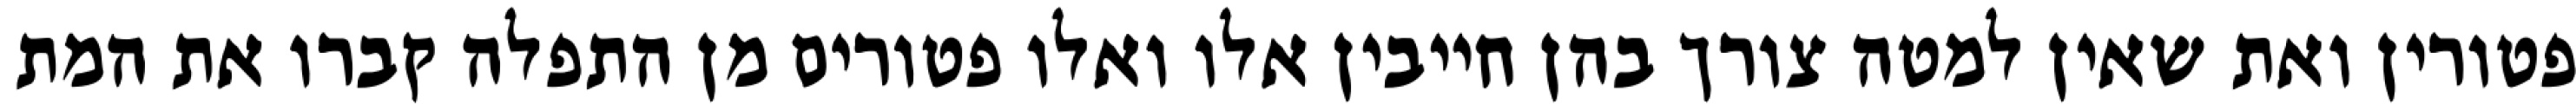
פטורין ואת שאין למטה צורך בהן חייבין אלו ואלו פטורים מן התפלה קברו את המת